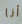
أنا